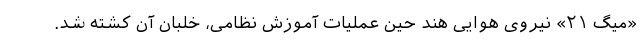
«میگ ۲۱» نیروی هوایی هند حین عملیات آموزش نظامی، خلبان آن کشته شد.